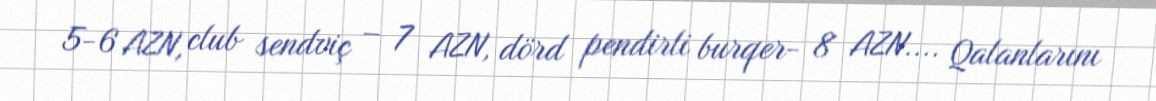
5-6 AZN, club sendviç – 7 AZN, dörd pendirli burqer- 8 AZN.... Qalanlarını